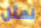
نمثل